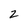
Character: 2